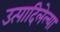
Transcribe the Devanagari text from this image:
उत्पादिलेल्या